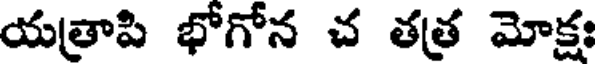
యత్రాపి భోగోన చ తత్ర మోక్షః